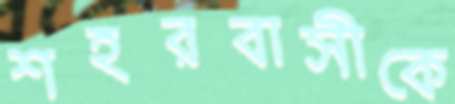
শহরবাসীকে